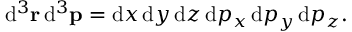
{ \mathrm { d } } ^ { 3 } \mathbf { r } \, { \mathrm { d } } ^ { 3 } \mathbf { p } = { \mathrm { d } } x \, { \mathrm { d } } y \, { \mathrm { d } } z \, { \mathrm { d } } p _ { x } \, { \mathrm { d } } p _ { y } \, { \mathrm { d } } p _ { z } .